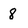
Character: 8